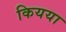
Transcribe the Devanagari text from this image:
कियया